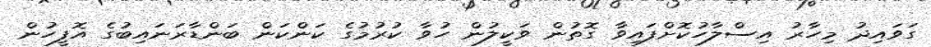
ގަވައިދު މިހާރު އިސްލާހުކޮށްފައިވާ ގޮތުން ވަކީލުން ހުވާ ކުރުމުގެ ކަންކަން ބަންޑާރަނައިބުގެ އޮފީހުން